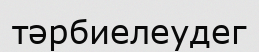
тәрбиелеудег